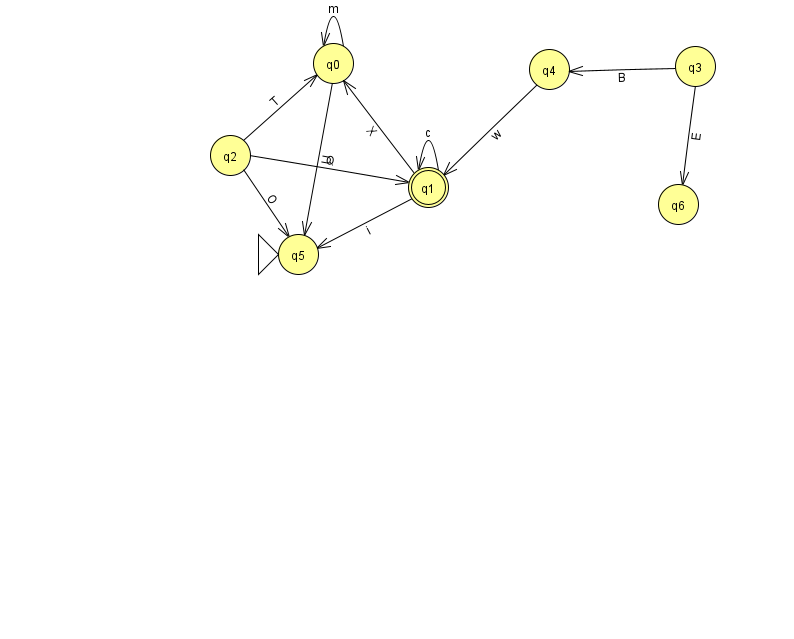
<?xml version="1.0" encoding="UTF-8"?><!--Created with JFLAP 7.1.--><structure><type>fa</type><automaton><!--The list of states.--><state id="0" name="q0"><x>333.0</x><y>50.0</y></state><state id="1" name="q1"><x>428.0</x><y>174.0</y><final/></state><state id="2" name="q2"><x>230.0</x><y>142.0</y></state><state id="3" name="q3"><x>695.0</x><y>53.0</y></state><state id="4" name="q4"><x>549.0</x><y>56.0</y></state><state id="5" name="q5"><x>298.0</x><y>241.0</y><initial/></state><state id="6" name="q6"><x>678.0</x><y>191.0</y></state><!--The list of transitions.--><transition><from>1</from><to>5</to><read>i</read></transition><transition><from>2</from><to>0</to><read>T</read></transition><transition><from>1</from><to>1</to><read>c</read></transition><transition><from>2</from><to>1</to><read>Q</read></transition><transition><from>2</from><to>5</to><read>O</read></transition><transition><from>0</from><to>5</to><read>U</read></transition><transition><from>4</from><to>1</to><read>w</read></transition><transition><from>3</from><to>6</to><read>E</read></transition><transition><from>1</from><to>0</to><read>X</read></transition><transition><from>0</from><to>0</to><read>m</read></transition><transition><from>3</from><to>4</to><read>B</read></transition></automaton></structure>